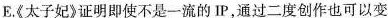
E《太子妃》证明即使不是一流的I通过二度创作也可以变